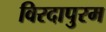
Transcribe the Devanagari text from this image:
विरदापुरम